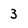
Character: 3